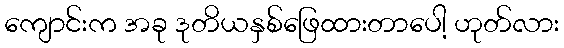
ကျောင်းက အခု ဒုတိယနှစ်ဖြေထားတာပေါ့ ဟုတ်လား